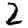
Digit: 2